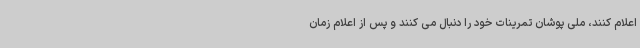
اعلام کنند، ملی پوشان تمرینات خود را دنبال می کنند و پس از اعلام زمان